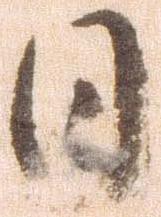
日